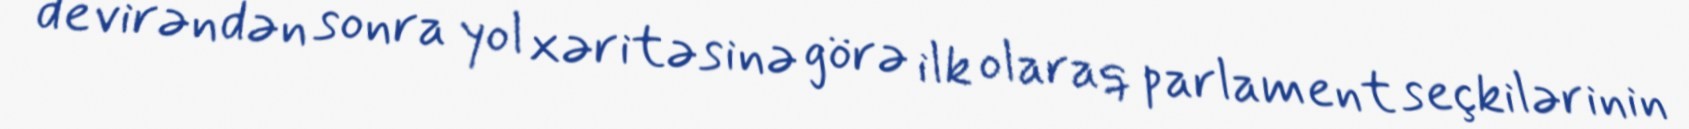
devirəndən sonra yol xəritəsinə görə ilk olaraq parlament seçkilərinin